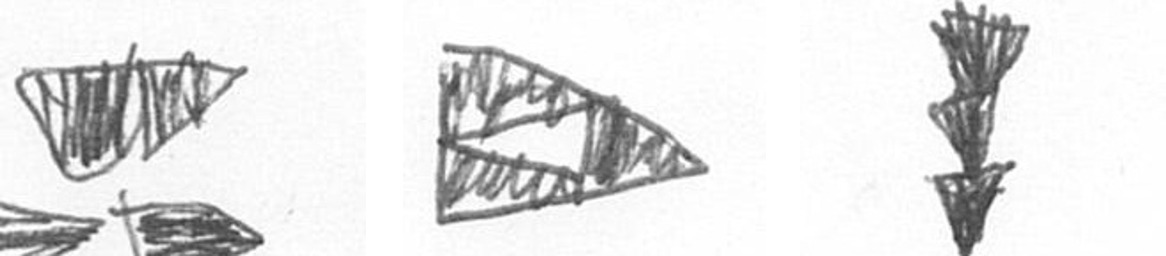
B K E